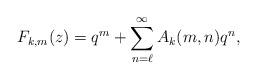
LaTeX: \begin{align*}F_{k,m}(z) = q^m + \sum_{n = \ell}^\infty A_k(m,n) q^n,\end{align*}